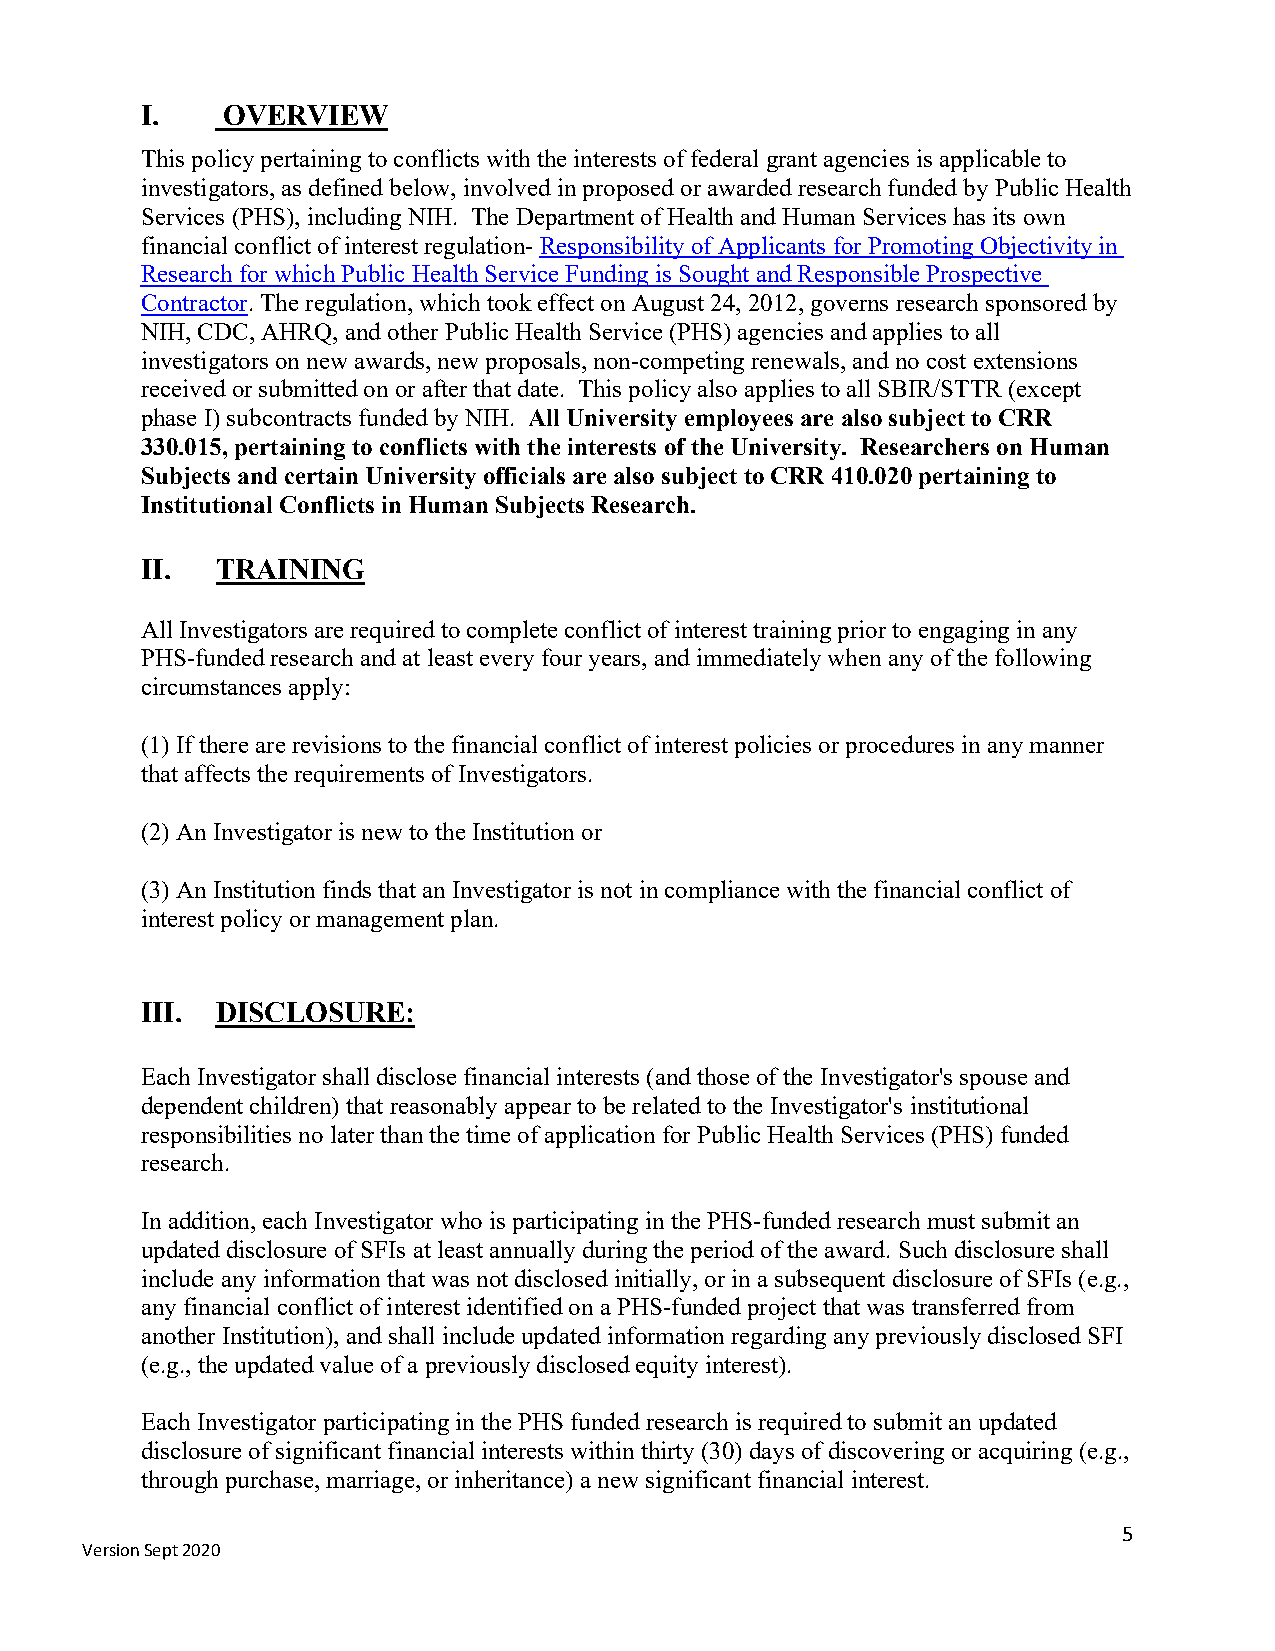
I.    OVERVIEW
 This policy pertaining to conflicts with the interests of federal grant agencies is applicable to
 investigators, as defined below, involved in proposed or awarded research funded by Public Health
 Services (PHS), including NIH. The Department of Health and Human Services has its own
 financial conflict of interest regulation- Responsibility of Applicants for Promoting Objectivity in
 Research for which Public Health Service Funding is Sought and Responsible Prospective
 Contractor. The regulation, which took effect on August 24, 2012, governs research sponsored by
 NIH, CDC, AHRQ, and other Public Health Service (PHS) agencies and applies to all
 investigators on new awards, new proposals, non-competing renewals, and no cost extensions
 received or submitted on or after that date. This policy also applies to all SBIR/STTR (except
 phase I) subcontracts funded by NIH. All University employees are also subject to CRR
 330.015, pertaining to conflicts with the interests of the University. Researchers on Human
 Subjects and certain University officials are also subject to CRR 410.020 pertaining to
 Institutional Conflicts in Human Subjects Research.
 II.  TRAINING
 All Investigators are required to complete conflict of interest training prior to engaging in any
 PHS-funded research and at least every four years, and immediately when any of the following
 circumstances apply:
 (1) If there are revisions to the financial conflict of interest policies or procedures in any manner
 that affects the requirements of Investigators.
 (2) An Investigator is new to the Institution or
 (3) An Institution finds that an Investigator is not in compliance with the financial conflict of
 interest policy or management plan.
 III. DISCLOSURE:
 Each Investigator shall disclose financial interests (and those of the Investigator's spouse and
 dependent children) that reasonably appear to be related to the Investigator's institutional
 responsibilities no later than the time of application for Public Health Services (PHS) funded
 research.
 In addition, each Investigator who is participating in the PHS-funded research must submit an
 updated disclosure of SFIs at least annually during the period of the award. Such disclosure shall
 include any information that was not disclosed initially, or in a subsequent disclosure of SFIs (e.g.,
 any financial conflict of interest identified on a PHS-funded project that was transferred from
 another Institution), and shall include updated information regarding any previously disclosed SFI
 (e.g., the updated value of a previously disclosed equity interest).
 Each Investigator participating in the PHS funded research is required to submit an updated
 disclosure of significant financial interests within thirty (30) days of discovering or acquiring (e.g.,
 through purchase, marriage, or inheritance) a new significant financial interest.
 5
 Version Sept 2020